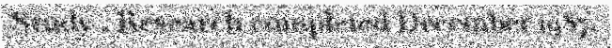
Study . Research completed December 1987.